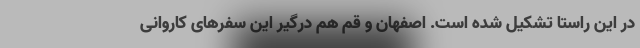
در این راستا تشکیل شده است. اصفهان و قم هم درگیر این سفرهای کاروانی